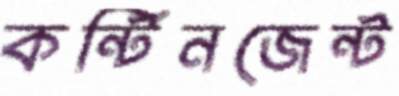
কন্টিনজেন্ট